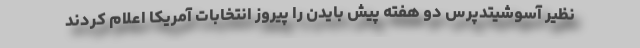
نظیر آسوشیتدپرس دو هفته پیش بایدن را پیروز انتخابات آمریکا اعلام کردند